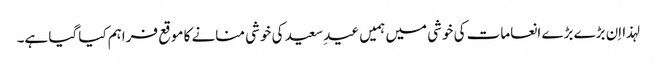
لہذا اِن بڑے بڑے انعامات کی خوشی میں ہمیں عیدِ سعید کی خوشی منانے کا موقع فراہم کیا گیا ہے۔